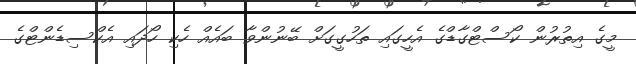
މީގެ އިތުރުން ކޯސްޓްގާޑްގެ އެހީގައި ތަހުގީގަށް ބޭނުންވާ ބައެއް ހެކި ހޯދައި އެކްސިޑެންޓްގެ